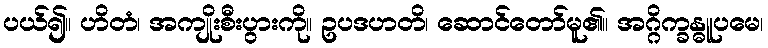
ပယ်၍။ ဟိတံ၊ အကျိုးစီးပွားကို။ ဥပဒဟတိ၊ ဆောင်တော်မူ၏။ အဂ္ဂိက္ခန္ဓူပမေ၊